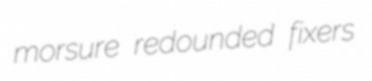
morsure redounded fixers